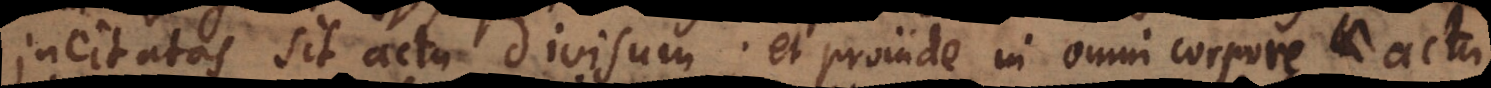
incitatas sit actu divisum; et proinde in omni corpore i